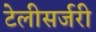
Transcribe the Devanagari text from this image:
टेलीसर्जरी